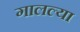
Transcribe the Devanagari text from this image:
गालल्या